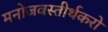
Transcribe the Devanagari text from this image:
मनोजवस्तीर्थकरो